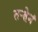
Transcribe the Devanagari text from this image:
तर्‍हेनं